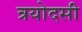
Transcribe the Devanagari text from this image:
त्रयोदसी